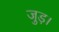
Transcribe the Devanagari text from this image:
जुड़।